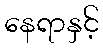
နေရာနှင့်